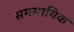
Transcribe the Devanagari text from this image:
समसायिक